Report on vaccination in Madras 1877-1894 - 1877-1894
Year: 1877
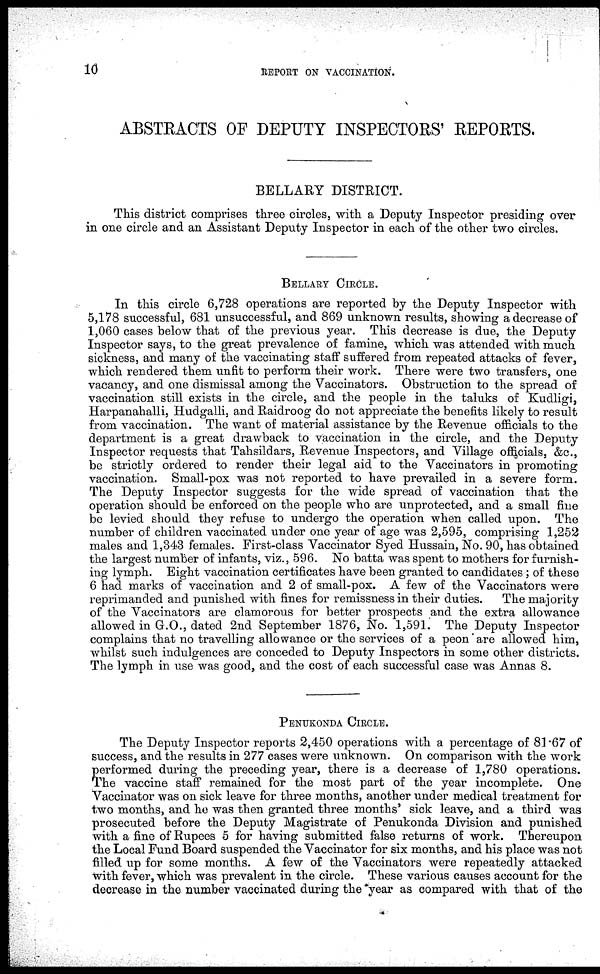
10
REPORT ON VACCINATION.
ABSTRACTS OF DEPUTY INSPECTORS' REPORTS.
BELLARY DISTRICT.
This district comprises three circles, with a Deputy Inspector presiding over
in one circle and an Assistant Deputy Inspector in each of the other two circles.
BELLARY CIRCLE.
In this circle 6,728 operations are reported by the Deputy Inspector with
5,178 successful, 681 unsuccessful, and 869 unknown results, showing a decrease of
1,060 cases below that of the previous year. This decrease is due, the Deputy
Inspector says, to the great prevalence of famine, which was attended with much
sickness, and many of the vaccinating staff suffered from repeated attacks of fever,
which rendered them unfit to perform their work. There were two transfers, one
vacancy, and one dismissal among the Vaccinators. Obstruction to the spread of
vaccination still exists in the circle, and the people in the taluks of Kudligi,
Harpanahalli, Hudgalli, and Raidroog do not appreciate the benefits likely to result
from vaccination. The want of material assistance by the Revenue officials to the
department is a great drawback to vaccination in the circle, and the Deputy
Inspector requests that Tahsildars, Revenue Inspectors, and Village officials, &c.,
be strictly ordered to render their legal aid to the Vaccinators in promoting
vaccination. Small-pox was not reported to have prevailed in a severe form.
The Deputy Inspector suggests for the wide spread of vaccination that the
operation should be enforced on the people who are unprotected, and a small fine
be levied should they refuse to undergo the operation when called upon. The
number of children vaccinated under one year of age was 2,595, comprising 1,252
males and 1,343 females. First-class Vaccinator Syed Hussain, No. 90, has obtained
the largest number of infants, viz., 596. No batta was spent to mothers for furnish-
ing lymph. Eight vaccination certificates have been granted to candidates; of these
6 had marks of vaccination and 2 of small-pox. A few of the Vaccinators were
reprimanded and punished with fines for remissness in their duties. The majority
of the Vaccinators are clamorous for better prospects and the extra allowance
allowed in G.O., dated 2nd September 1876, No. 1,591. The Deputy Inspector
complains that no travelling allowance or the services of a peon are allowed him,
whilst such indulgences are conceded to Deputy Inspectors in some other districts.
The lymph in use was good, and the cost of each successful case was Annas 8.
PENUKONDA CIRCLE.
The Deputy Inspector reports 2,450 operations with a percentage of 81.67 of
success, and the results in 277 cases were unknown. On comparison with the work
performed during the preceding year, there is a decrease of 1,780 operations.
The vaccine staff remained for the most part of the year incomplete. One
Vaccinator was on sick leave for three months, another under medical treatment for
two months, and he was then granted three months' sick leave, and a third was
prosecuted before the Deputy Magistrate of Penukonda Division and punished
with a fine of Rupees 5 for having submitted false returns of work. Thereupon
the Local Fund Board suspended the Vaccinator for six months, and his place was not
filled up for some months. A few of the Vaccinators were repeatedly attacked
with fever, which was prevalent in the circle. These various causes account for the
decrease in the number vaccinated during the year as compared with that of the